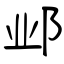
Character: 邺